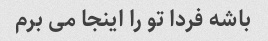
باشه فردا تو را اینجا می برم